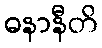
ဓနာနီတိ